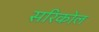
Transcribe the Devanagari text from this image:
सरिकोल